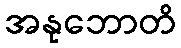
အနုဘောတိ